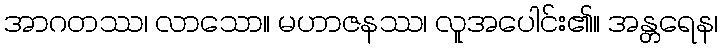
အာဂတဿ၊ လာသော။ မဟာဇနဿ၊ လူအပေါင်း၏။ အန္တရေန၊